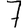
Digit: 7